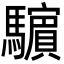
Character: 𩦿